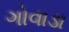
ગોવાડા